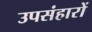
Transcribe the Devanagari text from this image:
उपसंहारों